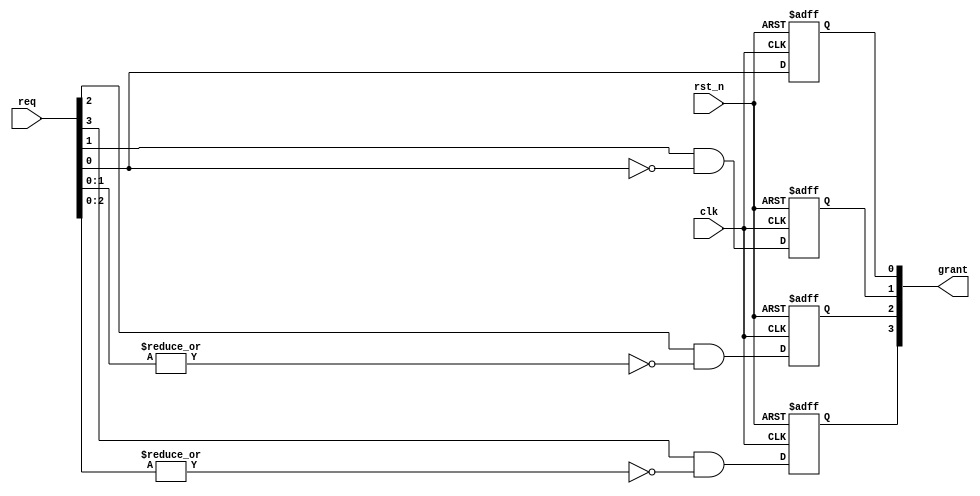
//-------------------------------------------
//Website: http://nguyenquanicd.blogspot.com/
//Function: Absolute Fixed priority Arbiter.
//  - req[0] has highest priority
//  - High request can occupy grant of lower request anywhen
//-------------------------------------------
module ArbFixedPriorityAbs (
  clk,
  rst_n,
  req,
  grant
  );
  parameter REQ_NUM = 4;
  //
  input  clk;
  input  rst_n;
  input  [REQ_NUM-1:0] req;
  output reg [REQ_NUM-1:0] grant;
  //
  generate
    genvar i;
	  //For req[0]
	  always @ (posedge clk, negedge rst_n) begin
      if (~rst_n)
	      grant[0] <= 1'b0;
	    else
	      grant[0] <= req[0]; //highest priority, do not care other requests
    end
	  //For req[REQ_NUM-1:1]
	  for (i = 1; i < REQ_NUM; i=i+1) begin: uGrant
      always @ (posedge clk, negedge rst_n) begin
        if (~rst_n)
	        grant[i] <= 1'b0;
	      else
	        grant[i] <= req[i] & ~|req[i-1:0]; //low priority, must care higher priority
      end
	  end //for loop
  endgenerate
  //
endmodule //ArbFixedPriorityAbs